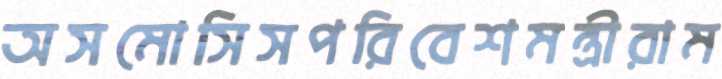
অসমোসিসপরিবেশমন্ত্রীরাম